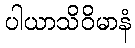
ပါယာသိဝိမာနံ